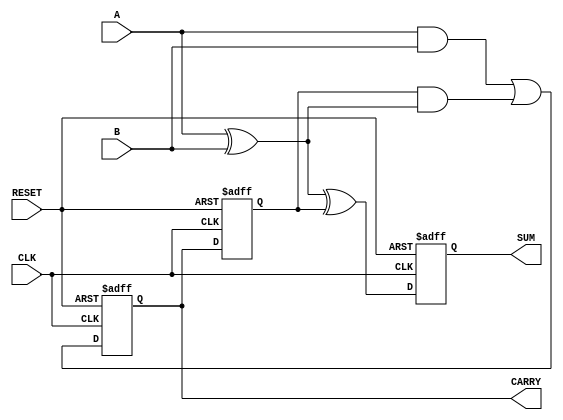
module sequential_half_adder (
    input wire CLK,
    input wire RESET,
    input wire A,
    input wire B,
    output reg SUM,
    output reg CARRY
);
    reg previous_carry;

    always @(posedge CLK or posedge RESET) begin
        if (RESET) begin
            // Reset the outputs and internal state
            SUM <= 1'b0;
            CARRY <= 1'b0;
            previous_carry <= 1'b0;
        end else begin
            // Compute the new sum and carry
            SUM <= A ^ B ^ previous_carry;
            CARRY <= (A & B) | (previous_carry & (A ^ B));
            
            // Update the previous carry
            previous_carry <= CARRY;
        end
    end
endmodule